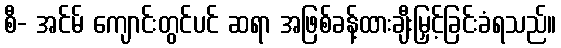
စီ- အင်မ် ကျောင်းတွင်ပင် ဆရာ အဖြစ်ခန့်ထားချီးမြှင့်ခြင်းခံရသည်။